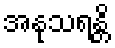
အနုသရန္တိ